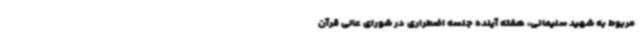
مربوط به شهید سلیمانی، هفته آینده جلسه اضطراری در شورای عالی قرآن